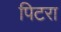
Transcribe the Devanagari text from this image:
पिटरा